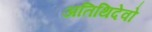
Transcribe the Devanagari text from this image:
अतिथिदेवो